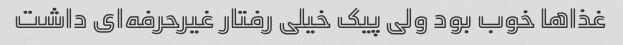
غذاها خوب بود ولی پیک خیلی رفتار غیرحرفه‌ای داشت